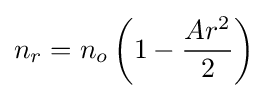
n_{r}=n_{o}\left(1-{\frac {Ar^{2}}{2}}\right)